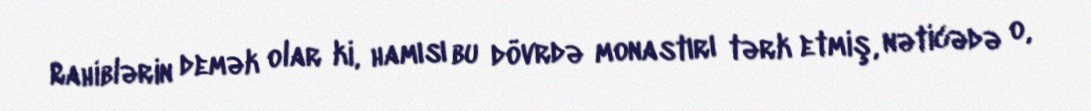
Rahiblərin demək olar ki, hamısı bu dövrdə monastırı tərk etmiş, nəticədə o,